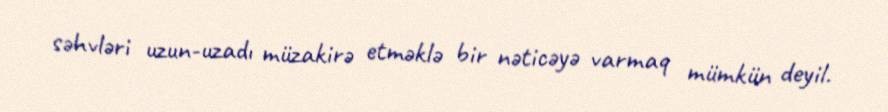
səhvləri uzun-uzadı müzakirə etməklə bir nəticəyə varmaq mümkün deyil.